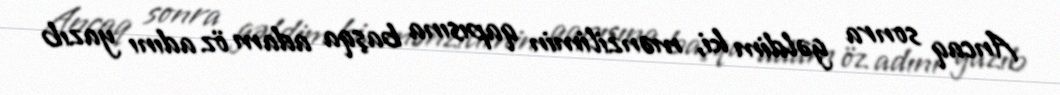
Ancaq sonra gəldim ki, mənzilimin qapısına başqa adam öz adını yazıb